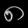
Digit: ၈